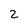
Character: 2